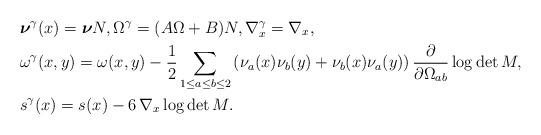
LaTeX: \begin{align*}&\boldsymbol{\nu}^{\gamma}(x)=\boldsymbol{\nu}N,\Omega^{\gamma} =(A\Omega +B)N,\nabla_{x}^{\gamma} =\nabla_{x},\\&\omega^{\gamma}(x,y) =\omega(x,y)-\frac{1}{2}\sum_{1\le a\le b\le 2}\left(\nu_a(x)\nu_b(y)+\nu_b(x)\nu_a(y)\right)\frac{\partial}{\partial \Omega_{ab}}\log\det M,\\&s^{\gamma}(x ) =s(x )-6\,\nabla_x\log\det M. \end{align*}